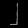
Digit: ၂